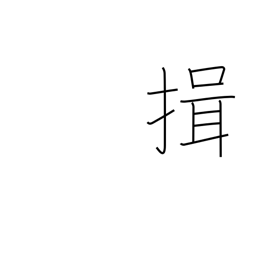
Meaning: bow with arms folded